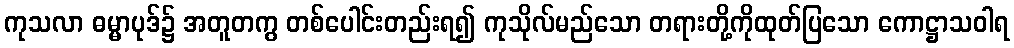
ကုသလာ ဓမ္မာပုဒ်၌ အတူတကွ တစ်ပေါင်းတည်းရ၍ ကုသိုလ်မည်သော တရားတို့ကိုထုတ်ပြသော ကောဋ္ဌာသဝါရ